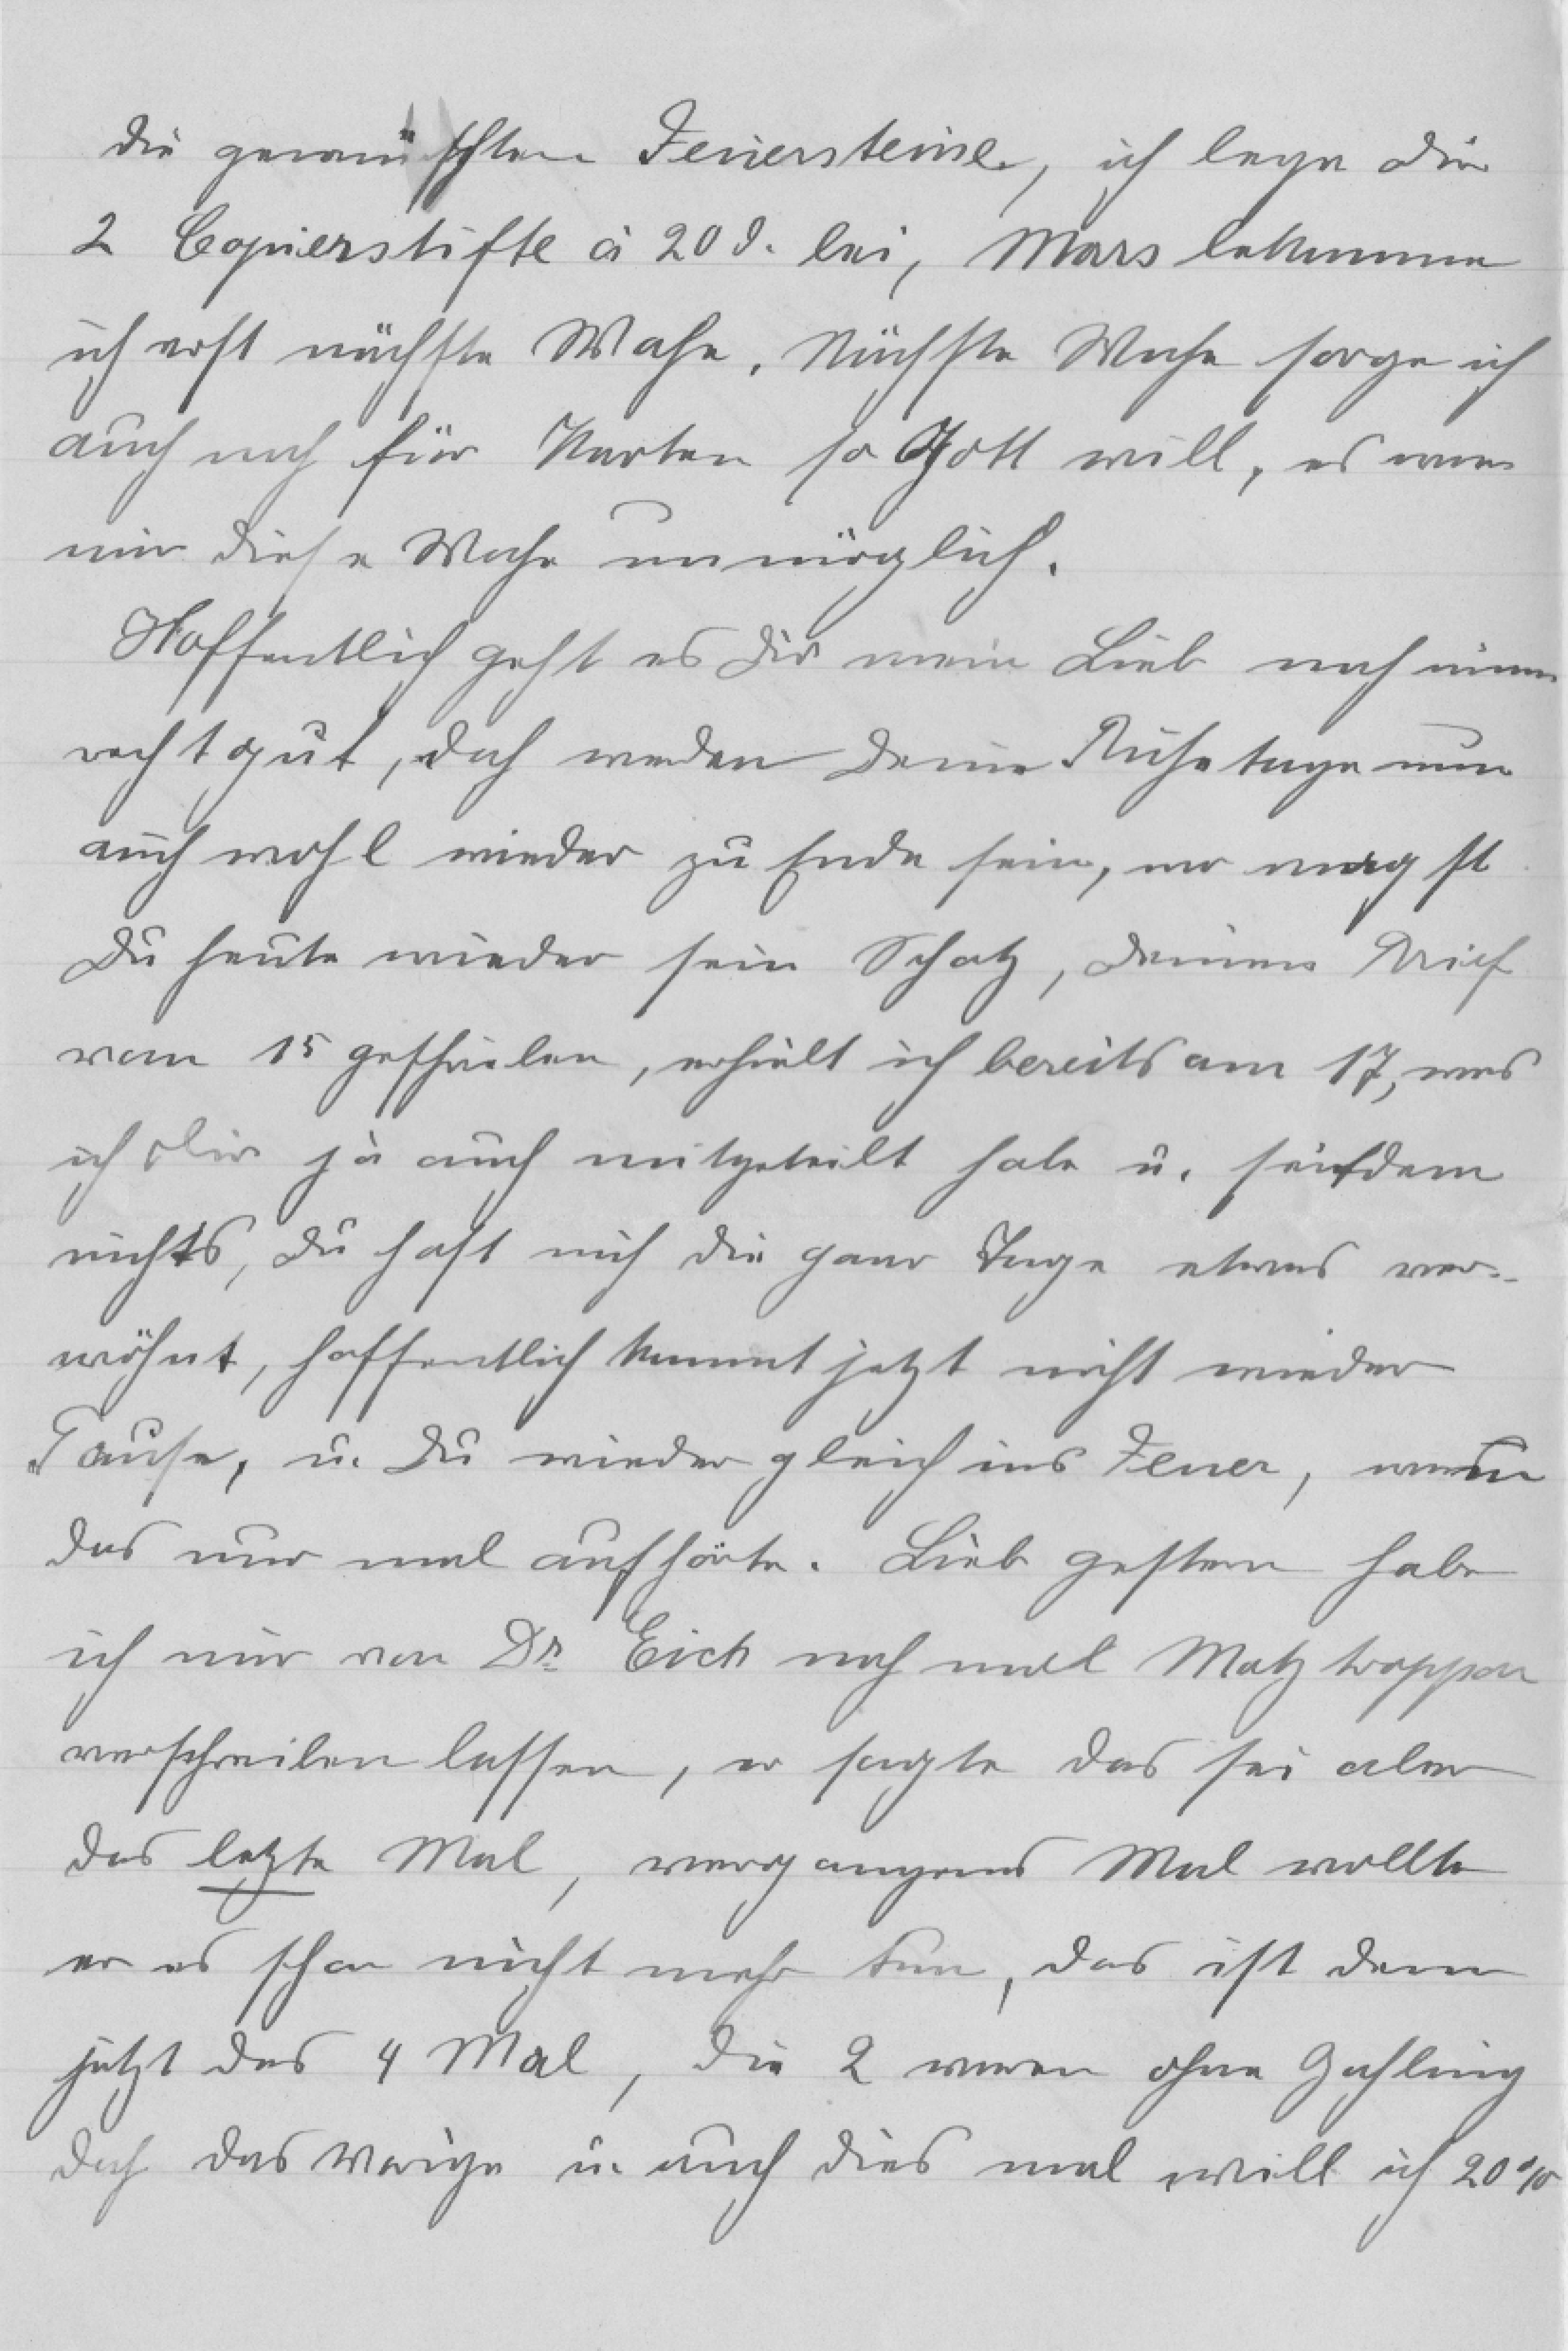
die gewünschten Feiiersteine, ich lege di
2 Copierstifte à 20d. bei, Mars bekomme
ich erst nächste Wahe, Nächste Wache sorge ich
auch noch für Karten so Ghott will, es wie
mur diese Wahr unmöglich.
Hoffentlich geht es dir mein Lieb noch mim
recht gut, doch werden deine Rusetage nu
auch wohl wieder zu Ende sein, wir mag st
Du heute wieder sein Schatz, demen Nief
vom 15 gescheilen, erhielt ich bereits am 17, was
ich dir ja auch mitgeheilt habe u. seihdem
nichts, du haft mich die ganr Tage etwas vor¬
wöhnt, hoffentlich kommt jetzt nicht wieder
Lause, u. Du wieder gleich ins Feuer, wirder
das nur mal aufhörte. Lieb gestern habe
ich nur von 82 Eich noch mil Matztroppon
verschreiben lassen, er sagte das sei aber
das letzte Mal, vergangens Mal wollte
er es schon nicht mehr tun, das ist dem
jetzt des 4 Mal, die 2 weren ohne Gahlung
doch das Verige u. auch dies mal will ich 20%r